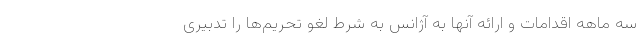
سه ماهه اقدامات و ارائه آنها به آژانس به شرط لغو تحریم‌ها را تدبیری